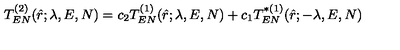
T _ { E N } ^ { ( 2 ) } ( \hat { r } ; \lambda , E , N ) = c _ { 2 } T _ { E N } ^ { ( 1 ) } ( \hat { r } ; \lambda , E , N ) + c _ { 1 } T _ { E N } ^ { * ( 1 ) } ( \hat { r } ; - \lambda , E , N )